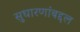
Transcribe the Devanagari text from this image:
सुधारणांबद्दल